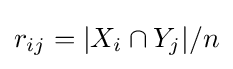
r_{ij}=|X_{i}\cap Y_{j}|/n